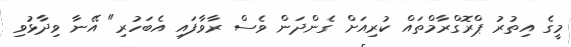
މީގެ އިތުރު ޕްރޮގްރާމްތައް ކުރިއަށް ގެންދަން ވެސް ރާވާފައި އެބަހުރި" އޭނާ ވިދާޅުވި